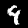
Digit: 9